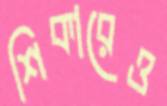
শিকারেও